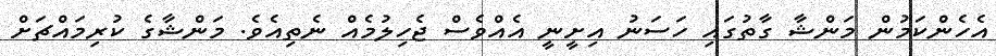
އެހެންކަމުން މަންޝާ ގާތުގައި ހަސަނު އިށީނީ އެއްވެސް ޖެހިލުމެއް ނެތިއެވެ. މަންޝާގެ ކުރިމައްޗަށް